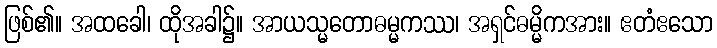
ဖြစ်၏။ အထခေါ၊ ထိုအခါ၌။ အာယသ္မတောဓမ္မကဿ၊ အရှင်ဓမ္မိကအား။ ဧတံဧသော